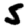
Digit: 5